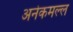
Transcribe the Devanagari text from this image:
अनेकमल्ल